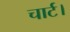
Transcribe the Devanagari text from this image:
चार्ट।